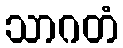
သာဂတံ